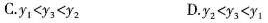
C.$$y _ { 1 } < y _ { 3 } < y _ { 2 }$$ D.$$y _ { 2 } < y _ { 3 } < y _ { 1 }$$